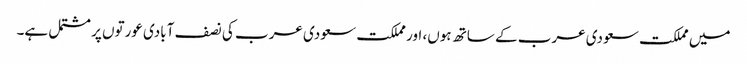
میں مملکت سعودی عرب کے ساتھ ہوں، اور مملکت سعودی عرب کی نصف آبادی عورتوں پر مشتمل ہے۔